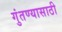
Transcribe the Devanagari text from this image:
गुंतण्यासाठी